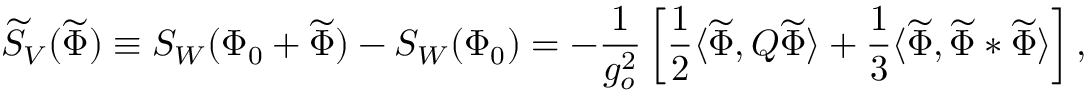
\widetilde { S } _ { V } ( \widetilde { \Phi } ) \equiv S _ { W } ( \Phi _ { 0 } + \widetilde { \Phi } ) - S _ { W } ( \Phi _ { 0 } ) = - \frac { 1 } { g _ { o } ^ { 2 } } \left[ \frac { 1 } { 2 } \langle \widetilde { \Phi } , Q \widetilde { \Phi } \rangle + \frac { 1 } { 3 } \langle \widetilde { \Phi } , \widetilde { \Phi } * \widetilde { \Phi } \rangle \right] ,